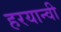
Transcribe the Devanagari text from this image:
हरयान्वी